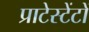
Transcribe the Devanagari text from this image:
प्राटेस्टेंटों